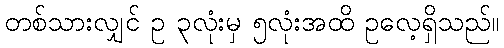
တစ်သားလျှင် ဥ ၃လုံးမှ ၅လုံးအထိ ဥလေ့ရှိသည်။